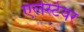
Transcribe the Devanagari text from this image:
एलेस्टेयर